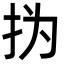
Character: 㧑